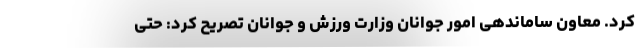
کرد. معاون ساماندهی امور جوانان وزارت ورزش و جوانان تصریح کرد: حتی